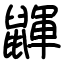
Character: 鼲